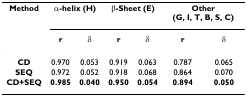
| Method | <COLSPAN=2> α-helix (H) | <COLSPAN=2> β-Sheet (E) | <COLSPAN=2> Other (G, I, T, B, S, C) |
 |  | r | δ | r | δ | r | δ |
 | --- | --- | --- | --- | --- | --- | --- |
 | CD | 0.970 | 0.053 | 0.919 | 0.063 | 0.787 | 0.065 |
 | SEQ | 0.972 | 0.052 | 0.918 | 0.068 | 0.864 | 0.070 |
 | CD+SEQ | 0.985 | 0.040 | 0.950 | 0.054 | 0.894 | 0.050 |